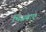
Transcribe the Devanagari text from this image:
भिजवाए